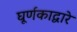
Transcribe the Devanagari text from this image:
घूर्णकाद्वारे